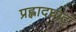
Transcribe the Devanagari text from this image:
प्रह्लादघाट